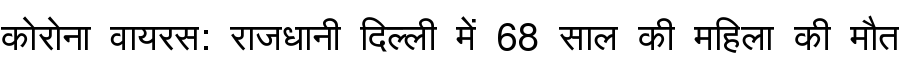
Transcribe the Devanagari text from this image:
कोरोना वायरस: राजधानी दिल्ली में 68 साल की महिला की मौत